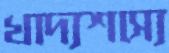
খাদ্যশস্যে